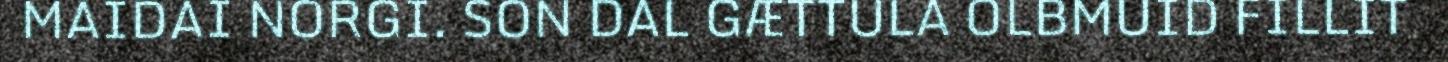
MAIDAI NORGI. SON DAL GÆTTULA OLBMUID FILLIT